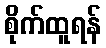
စိုက်ထူရန်